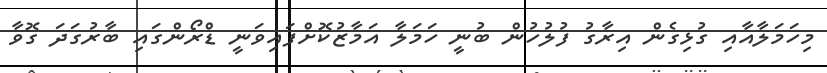
މިހަމަލާއާއި ގުޅިގެން އިރާގު ފުލުހުން ބުނީ ހަމަލާ އަމާޒުކޮށްފައިވަނީ ޑްރޯންގައި ބާރުގަދަ ގޮވާ